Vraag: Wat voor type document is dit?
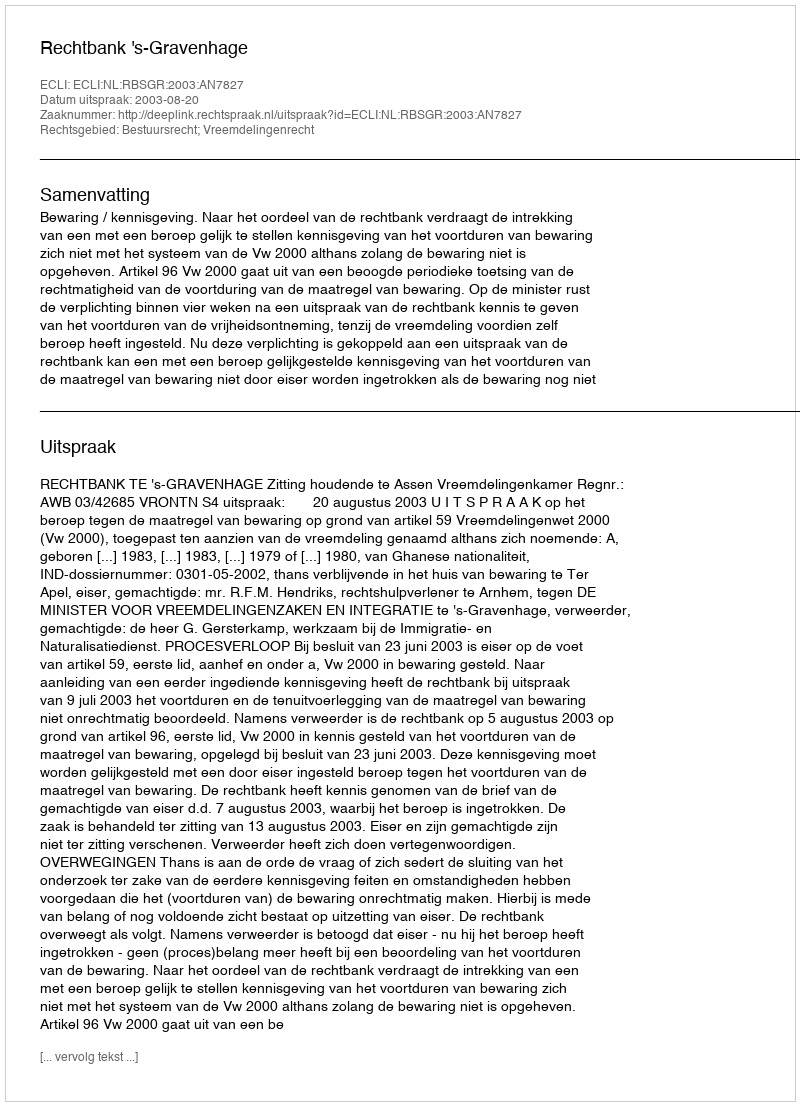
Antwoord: Uitspraak